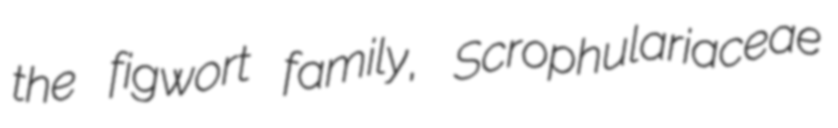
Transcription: the figwort family, Scrophulariaceae